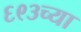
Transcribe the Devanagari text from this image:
६९३च्या